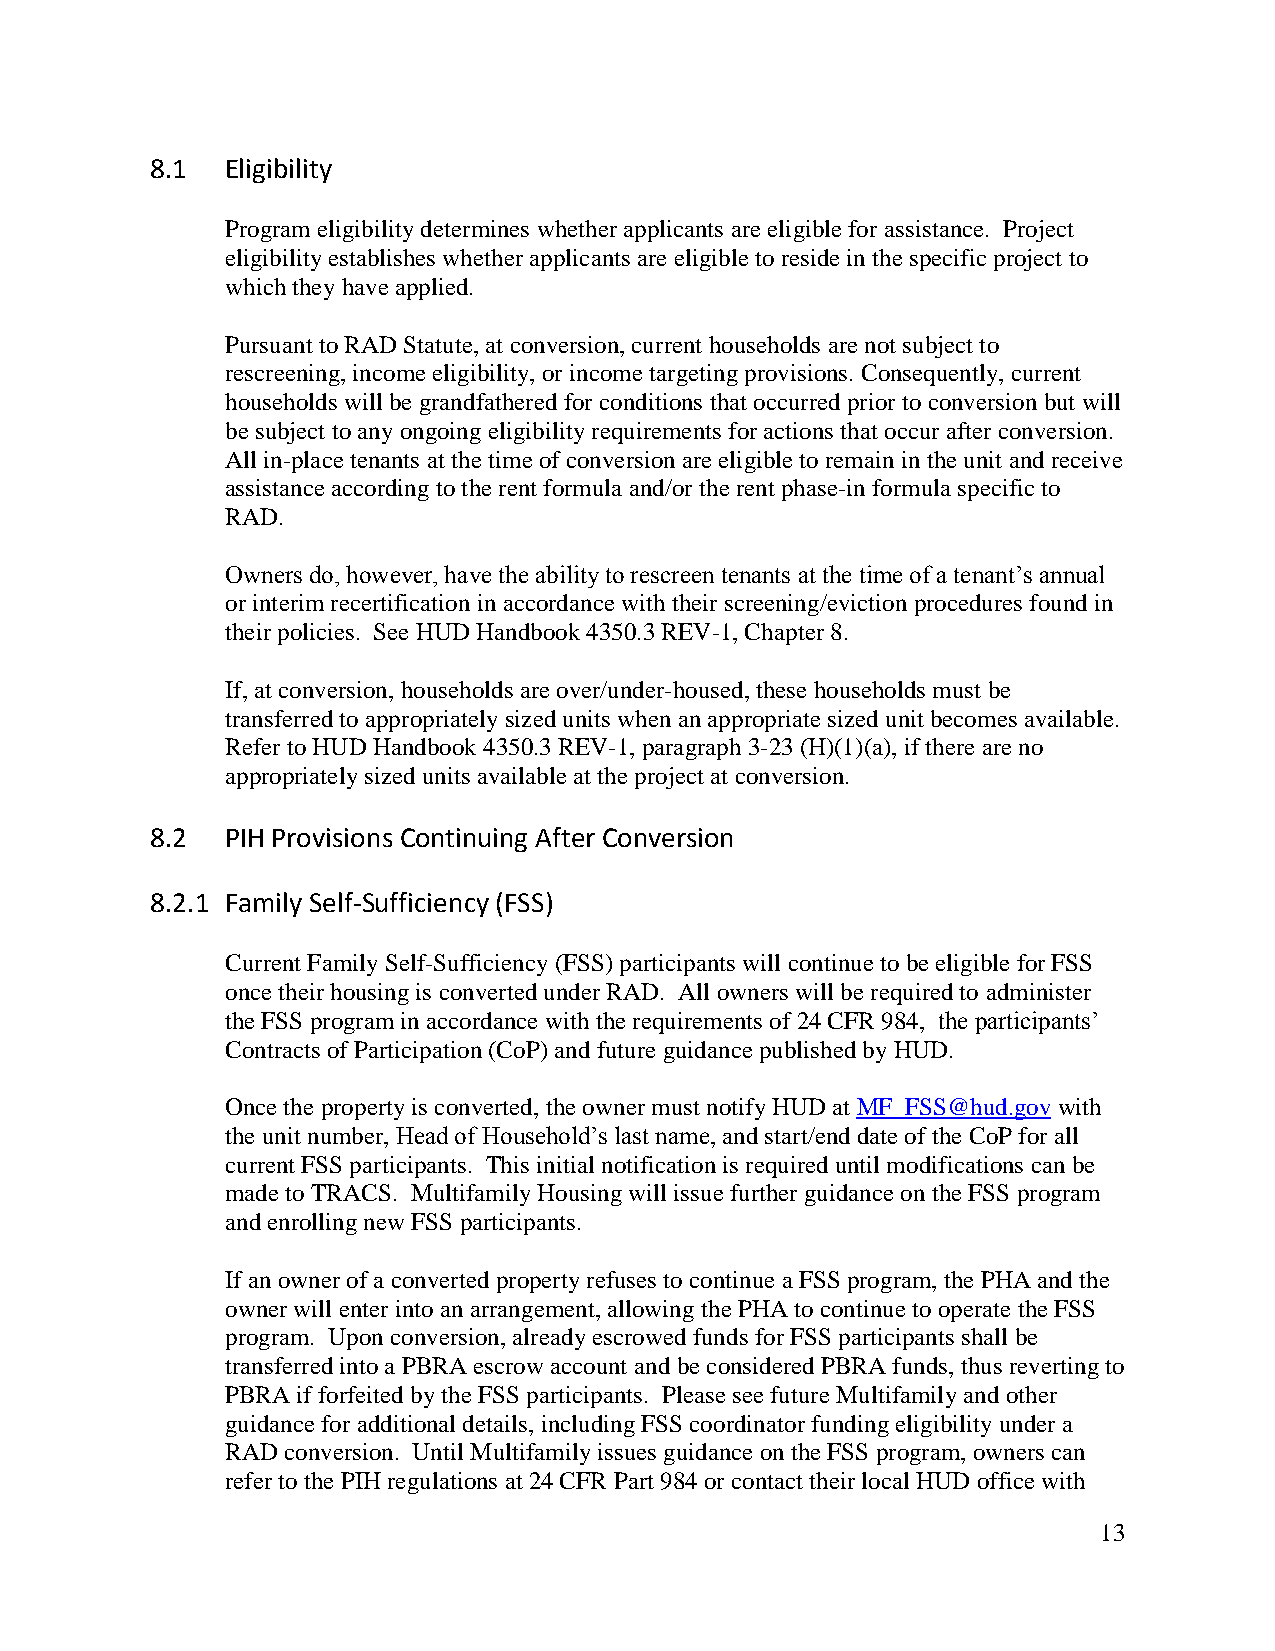
8.1  Eligibility
 Program eligibility determines whether applicants are eligible for assistance. Project
 eligibility establishes whether applicants are eligible to reside in the specific project to
 which they have applied.
 Pursuant to RAD Statute, at conversion, current households are not subject to
 rescreening, income eligibility, or income targeting provisions. Consequently, current
 households will be grandfathered for conditions that occurred prior to conversion but will
 be subject to any ongoing eligibility requirements for actions that occur after conversion.
 All in-place tenants at the time of conversion are eligible to remain in the unit and receive
 assistance according to the rent formula and/or the rent phase-in formula specific to
 RAD.
 Owners do, however, have the ability to rescreen tenants at the time of a tenant’s annual
 or interim recertification in accordance with their screening/eviction procedures found in
 their policies. See HUD Handbook 4350.3 REV-1, Chapter 8.
 If, at conversion, households are over/under-housed, these households must be
 transferred to appropriately sized units when an appropriate sized unit becomes available.
 Refer to HUD Handbook 4350.3 REV-1, paragraph 3-23 (H)(1)(a), if there are no
 appropriately sized units available at the project at conversion.
 8.2  PIH Provisions Continuing After Conversion
 8.2.1 Family Self-Sufficiency (FSS)
 Current Family Self-Sufficiency (FSS) participants will continue to be eligible for FSS
 once their housing is converted under RAD. All owners will be required to administer
 the FSS program in accordance with the requirements of 24 CFR 984, the participants’
 Contracts of Participation (CoP) and future guidance published by HUD.
 Once the property is converted, the owner must notify HUD at MF_FSS@hud.gov with
 the unit number, Head of Household’s last name, and start/end date of the CoP for all
 current FSS participants. This initial notification is required until modifications can be
 made to TRACS. Multifamily Housing will issue further guidance on the FSS program
 and enrolling new FSS participants.
 If an owner of a converted property refuses to continue a FSS program, the PHA and the
 owner will enter into an arrangement, allowing the PHA to continue to operate the FSS
 program. Upon conversion, already escrowed funds for FSS participants shall be
 transferred into a PBRA escrow account and be considered PBRA funds, thus reverting to
 PBRA if forfeited by the FSS participants. Please see future Multifamily and other
 guidance for additional details, including FSS coordinator funding eligibility under a
 RAD conversion. Until Multifamily issues guidance on the FSS program, owners can
 refer to the PIH regulations at 24 CFR Part 984 or contact their local HUD office with
 13